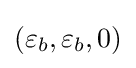
(\varepsilon _{b},\varepsilon _{b},0)